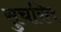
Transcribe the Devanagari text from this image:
सुचरित